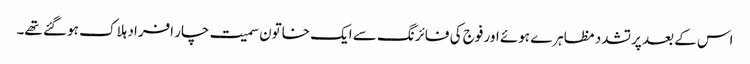
اس کے بعد پرتشدد مظاہرے ہوئے اور فوج کی فائرنگ سے ایک خاتون سمیت چار افراد ہلاک ہو گئے تھے۔